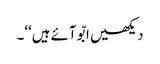
دیکھیں ابّو آئے ہیں‘‘۔